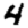
Digit: 4